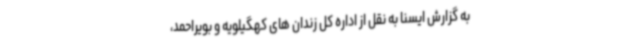
به گزارش ایسنا به نقل از اداره کل زندان های کهگیلویه و بویراحمد،